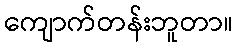
ကျောက်တန်းဘူတာ။